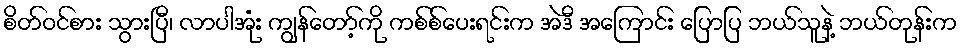
စိတ်ဝင်စား သွားပြီ၊ လာပါအုံး ကျွန်တော့်ကို ကစ်စ်ပေးရင်းက အဲဒီ အကြောင်း ပြောပြ ဘယ်သူနဲ့ ဘယ်တုန်းက